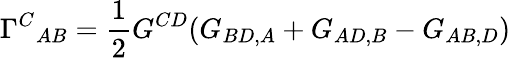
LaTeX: \Gamma^{C}{}_{AB}=\frac{1}{2}G^{CD}(G_{BD,A}+G_{AD,B}-G_{AB,D})